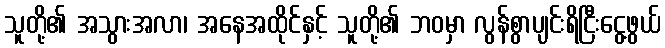
သူတို့၏ အသွားအလာ၊ အနေအထိုင်နှင့် သူတို့၏ ဘဝမှာ လွန်စွာပျင်းရိငြီးငွေ့ဖွယ်